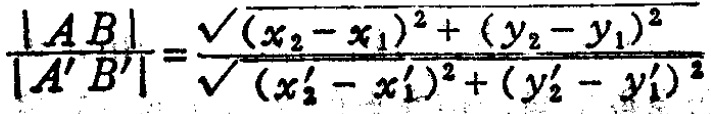
\frac{|AB|}{|A'B'|}=\frac{\sqrt{(x_{2}-x_{1})^{2}+(y_{2}-y_{1})^{2}}}{\sqrt{(x_{2}'-x_{1}')^{2}+(y_{2}'-y_{1}')^{2}}}